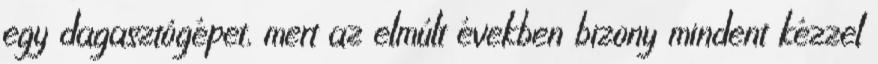
egy dagasztógépet, mert az elmúlt években bizony mindent kézzel